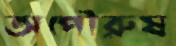
অপৌরুষ